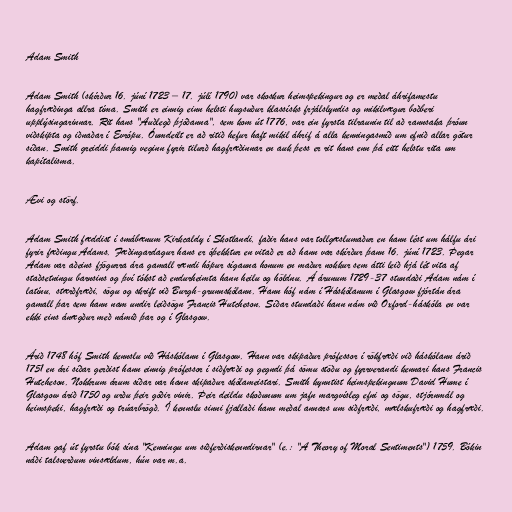
Adam Smith

Adam Smith (skírður 16. júní 1723 – 17. júlí 1790) var skoskur heimspekingur og er meðal áhrifamestu
hagfræðinga allra tíma. Smith er einnig einn helsti hugsuður klassísks frjálslyndis og mikilvægur boðberi
upplýsingarinnar. Rit hans "Auðlegð þjóðanna", sem kom út 1776, var ein fyrsta tilraunin til að rannsaka þróun
viðskipta og iðnaðar í Evrópu. Óumdeilt er að ritið hefur haft mikil áhrif á alla kenningasmíð um efnið allar götur
síðan. Smith greiddi þannig veginn fyrir tilurð hagfræðinnar en auk þess er rit hans enn þá eitt helstu rita um
kapítalisma.

Ævi og störf.

Adam Smith fæddist í smábænum Kirkcaldy í Skotlandi, faðir hans var tollgæslumaður en hann lést um hálfu ári
fyrir fæðingu Adams. Fæðingardagur hans er óþekktur en vitað er að hann var skírður þann 16. júní 1723. Þegar
Adam var aðeins fjögurra ára gamall rændi hópur sígauna honum en maður nokkur sem átti leið hjá lét vita af
staðsetningu barnsins og því tókst að endurheimta hann heilu og höldnu. Á árunum 1729-37 stundaði Adam nám í
latínu, stærðfræði, sögu og skrift við Burgh-grunnskólann. Hann hóf nám í Háskólanum í Glasgow fjórtán ára
gamall þar sem hann nam undir leiðsögn Francis Hutcheson. Síðar stundaði hann nám við Oxford-háskóla en var
ekki eins ánægður með námið þar og í Glasgow.

Árið 1748 hóf Smith kennslu við Háskólann í Glasgow. Hann var skipaður prófessor í rökfræði við háskólann árið
1751 en ári síðar gerðist hann einnig prófessor í siðfræði og gegndi þá sömu stöðu og fyrrverandi kennari hans Francis
Hutcheson. Nokkrum árum síðar var hann skipaður skólameistari. Smith kynntist heimspekingnum David Hume í
Glasgow árið 1750 og urðu þeir góðir vinir. Þeir deildu skoðunum um jafn margvísleg efni og sögu, stjórnmál og
heimspeki, hagfræði og trúarbrögð. Í kennslu sinni fjallaði hann meðal annars um siðfræði, mælskufræði og hagfræði.

Adam gaf út fyrstu bók sína "Kenningu um siðferðiskenndirnar" (e.: "A Theory of Moral Sentiments") 1759. Bókin
náði talsverðum vinsældum, hún var m.a.